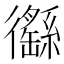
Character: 𢖟